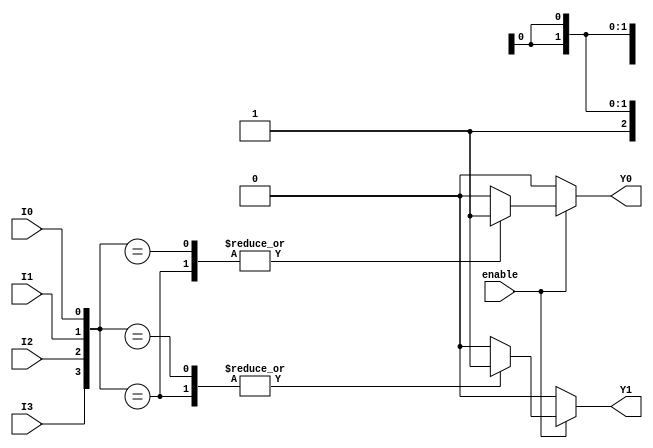
module encoder_4to2 (
    input wire I0,    // Input 0
    input wire I1,    // Input 1
    input wire I2,    // Input 2
    input wire I3,    // Input 3
    input wire enable, // Enable signal
    output reg Y0,    // Output 0
    output reg Y1     // Output 1
);

always @(*) begin
    if (!enable) begin
        // If enable is low, output default state
        Y0 = 1'b0;
        Y1 = 1'b0;
    end else begin
        // Priority encoding
        case ({I3, I2, I1, I0}) // Concatenate inputs for priority checking
            4'b1xxx: begin // I3 is high
                Y0 = 1'b1;
                Y1 = 1'b1;
            end
            4'b01xx: begin // I2 is high
                Y0 = 1'b0;
                Y1 = 1'b1;
            end
            4'b001x: begin // I1 is high
                Y0 = 1'b1;
                Y1 = 1'b0;
            end
            4'b0001: begin // I0 is high
                Y0 = 1'b0;
                Y1 = 1'b0;
            end
            default: begin // No input is high
                Y0 = 1'b0;
                Y1 = 1'b0;
            end
        endcase
    end
end

endmodule